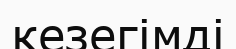
кезегімді